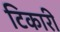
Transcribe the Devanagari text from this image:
टिकारी